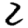
Digit: 2